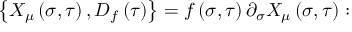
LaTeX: \left\{ X _ { \mu } \left( \sigma , \tau \right) , D _ { f } \left( \tau \right) \right\} = f \left( \sigma , \tau \right) \partial _ { \sigma } X _ { \mu } \left( \sigma , \tau \right) :